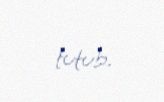
tutub.